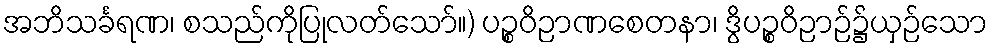
အဘိသင်္ခရဏ၊ စသည်ကိုပြုလတ်သော်။) ပဉ္စဝိဉာဏစေတနာ၊ ဒွိပဉ္စဝိဉာဉ်၌ယှဉ်သော